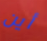
أين